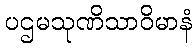
ပဌမသုဏိသာဝိမာနံ